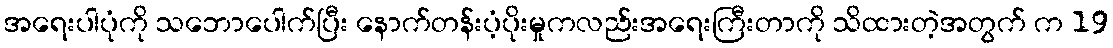
အရေးပါပုံကို သဘောပေါက်ပြီး နောက်တန်းပံ့ပိုးမှုကလည်းအရေးကြီးတာကို သိထားတဲ့အတွက် က 19